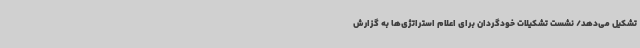
تشکیل می‌دهد/ نشست تشکیلات خودگردان برای اعلام استراتژی‌ها به گزارش